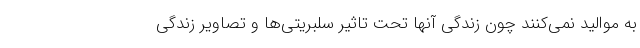
به موالید نمی‌کنند چون زندگی آنها تحت تاثیر سلبریتی‌ها و تصاویر زندگی